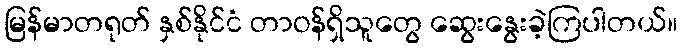
မြန်မာတရုတ် နှစ်နိုင်ငံ တာဝန်ရှိသူတွေ ဆွေးနွေးခဲ့ကြပါတယ်။